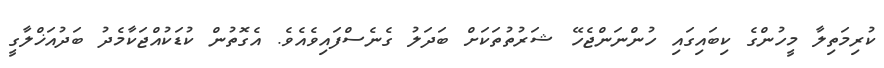
ކުރިމަތިލާ މީހުންގެ ކިބައިގައި ހުންނަންޖެހޭ ޝަރުތުތަކަށް ބަދަލު ގެނެސްފައިވެއެވެ. އެގޮތުން ކުޑަކުއްޖަކާމެދު ބަދުއަޚްލާގީ